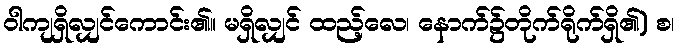
ဝါကျရှိလျှင်ကောင်း၏။ မရှိလျှင် ထည့်လေ၊ နောက်၌တိုက်ရိုက်ရှိ၏) စ၊